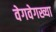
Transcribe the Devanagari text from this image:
वेगवेगख्या